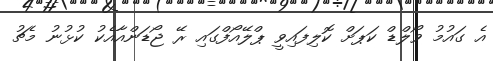
އެ ގައުމު ވޯލްޑް ކަޕަށް ކޮލިފައިވީ ޕްލޭއޯފްގައި ރޭ ޖޯޑަންއާއެކު ކުޅުނު މެޗު